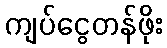
ကျပ်ငွေတန်ဖိုး